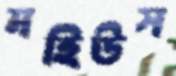
মহিউস